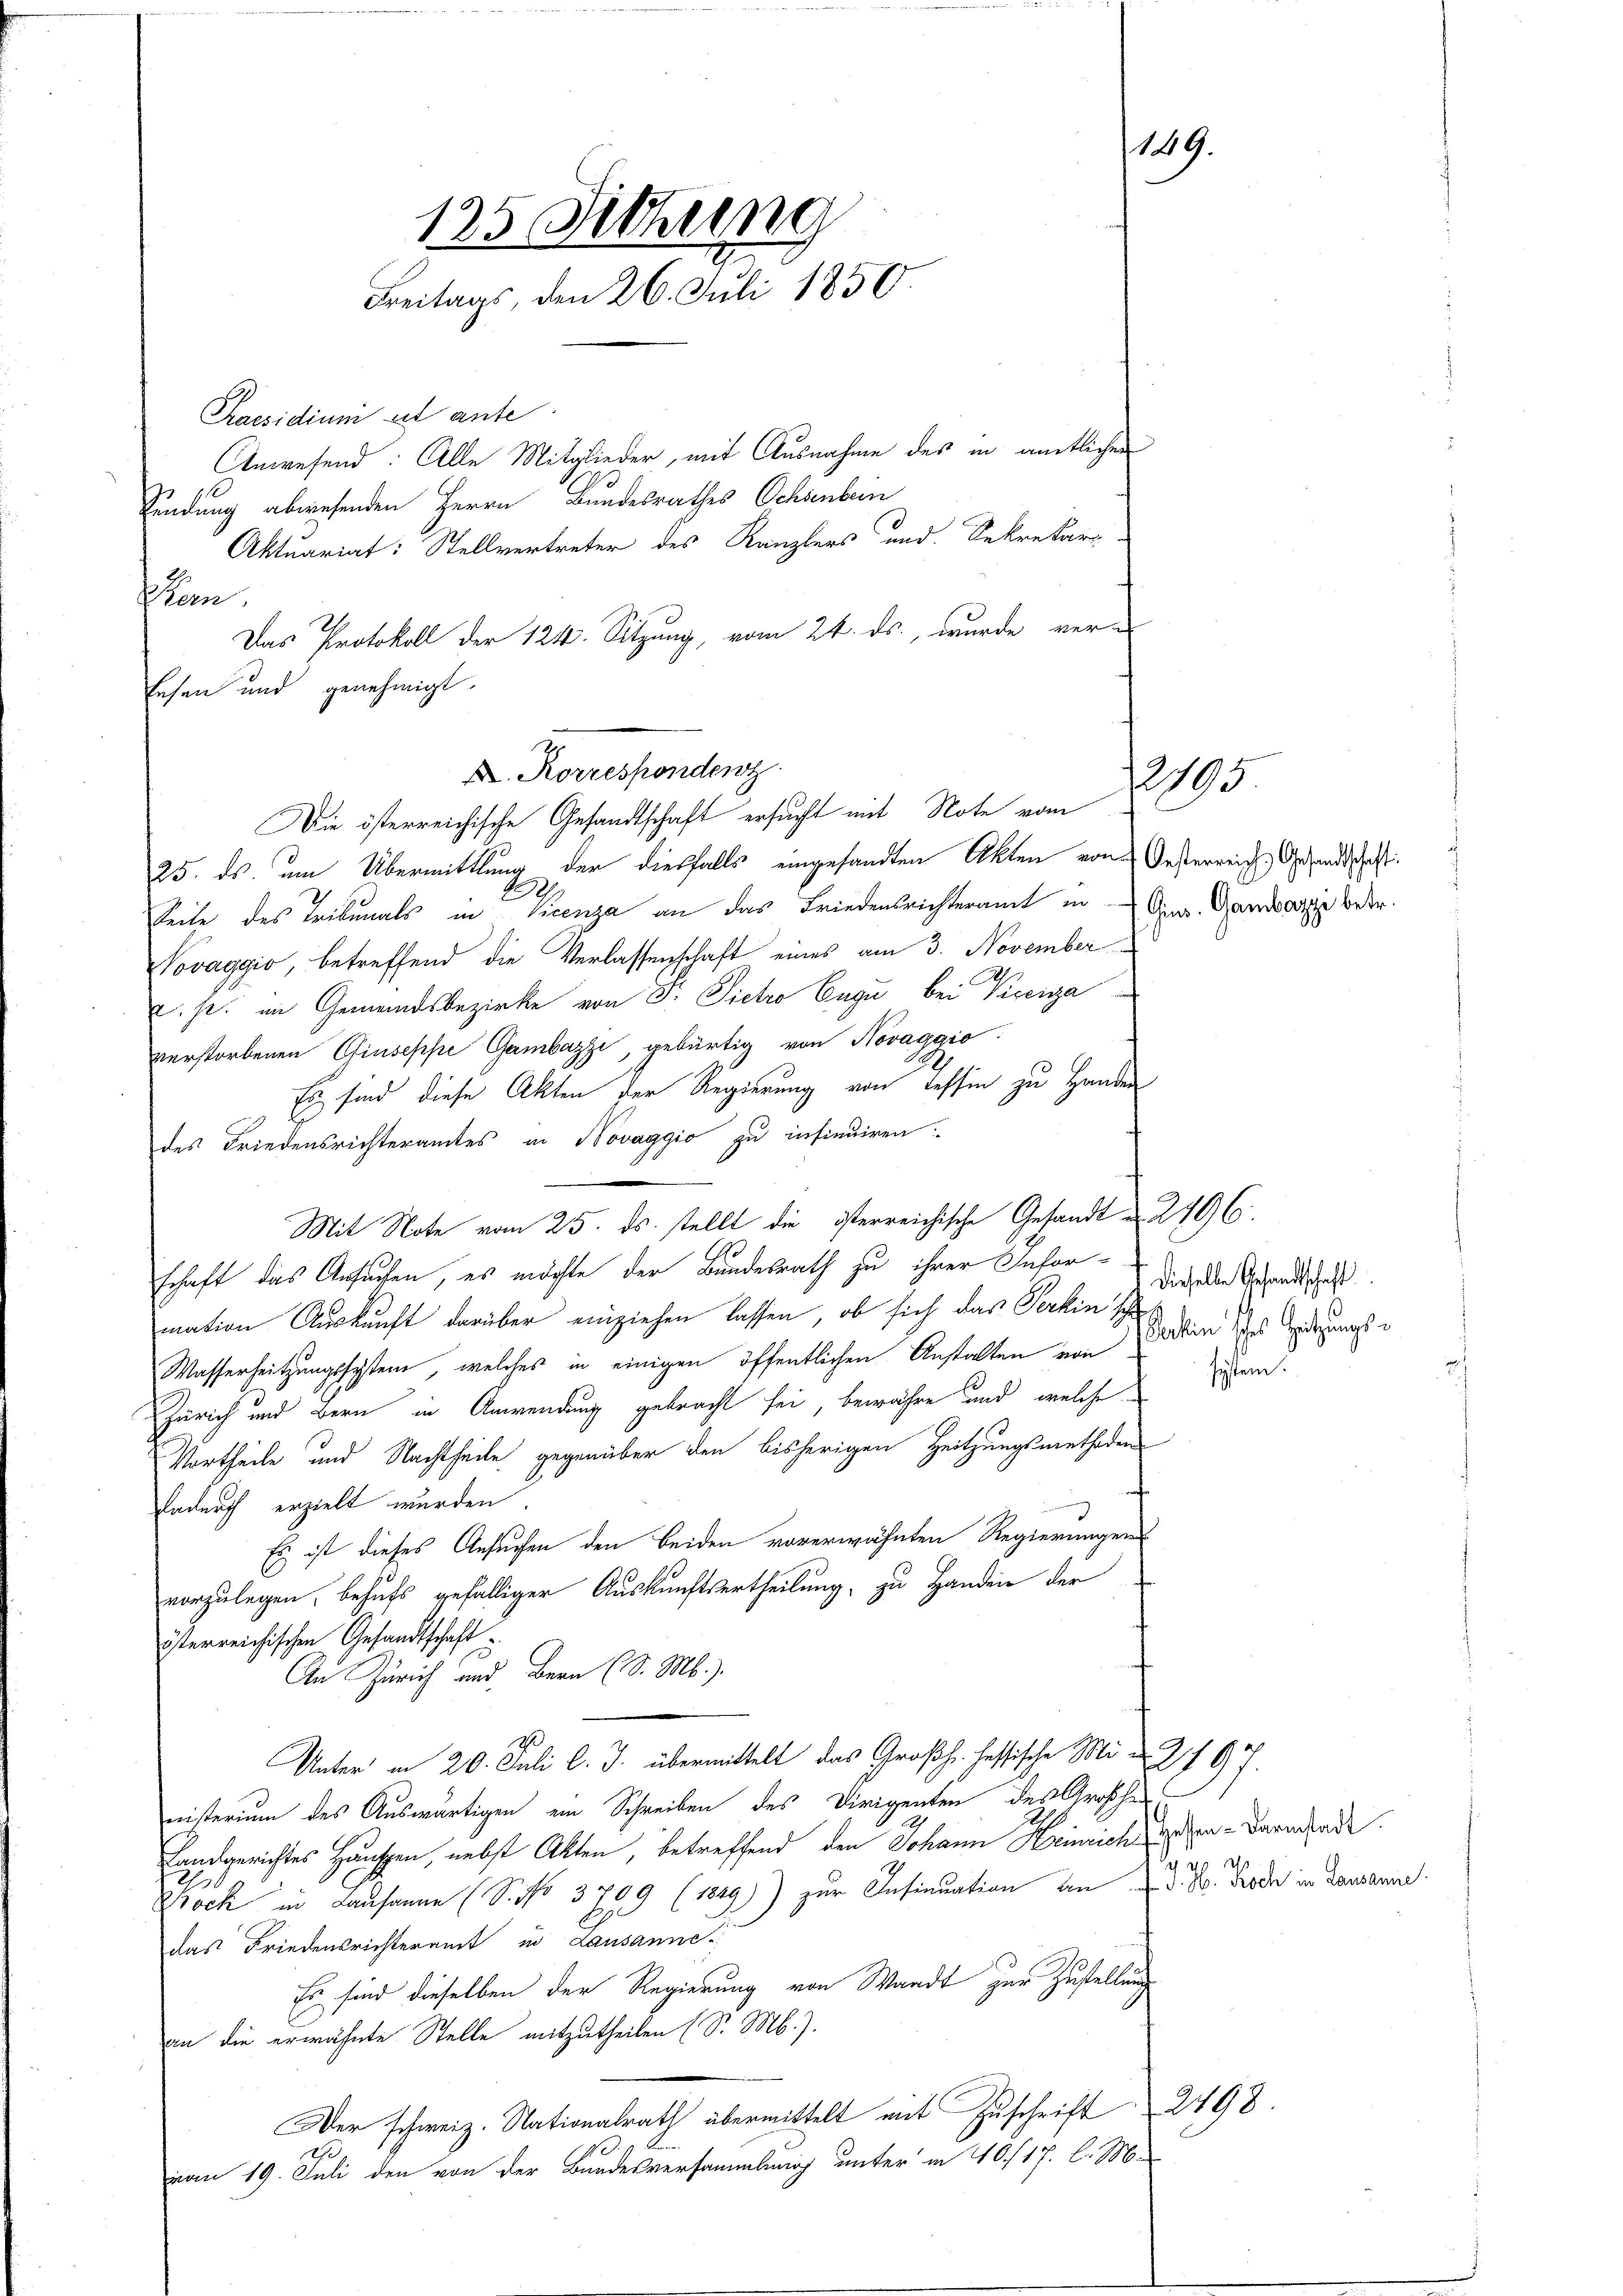
Praesidium ad anse
klan
Das Protokoll der 124. Sitzung, vom 24. ds., wurde ver-
Eesen und genehmigt.

135. Sitzung
Freitags, den 26. Juli 1850.

Anwesend: Alle Mitglieder, mit Ausnahme des in amtlichen
Findung abwesenden Herrn Bundesrathes Ochsenbern
Aktuariat: Stellvertreter des Kanzlers und Sekretari

X. Korrespondenz

Die österreichische Gesandtschaft ersucht mit Note vom

25. ds. um Übermittlung der diesfalls eingesandten Akten von Oesterreich, Gesandtschaft:
Seite des Tribunals in Vicenza an das Friedensrichteramt in Ges. Gandsatze betr.
Novaggio, betreffend die Verlassenschaft eines am 3. November
. p. im Gemeindsbezirke von 3. Sietro Eugi bei Viceiga
verstorbenen Giuseppe Gambazzi, gebürtig von Novaggio
Es sind diese Akten der Regierung von Tessin zu Handen
des Friedensrichteramtes in Novaggio zu insinuiren
Mit Note vom 25. ds. stellt die isterreichische Gesandt 2496.
schaft das Ansuchen, es möchte der Bundesrath zu ihrer Information Auskunft darüber einziehen lassen, ob sich das Perkin sch
Wasserheitzungssystem, welches in einigen öffentlichen Anstalten von
Zürich und Bern in Anwendung gebracht sei, bewähre und welche
Vortheile und Nachtheile gegenüber den bisherigen Heitzungsmethoden
Dadurch erzielt wurden.
Es ist dieses Ansuchen den beiden vorerwähnten Regierungens
vorzulegen, behufs gefälliger Auskunftsertheilung, zu Handen der
österreichischen Gesandtschaft
An Zürich und Bern (S. Mb.).
Unter in 20. Juli l. J. übermittelt das Großh. Hessische Min. 279
nisterium des Auswärtigen ein Schreiben des Dirigenten des Großhe-
Landgerichtes Hausen, nebst Akten, betreffend den Johann Heinrich, Helen-Darmlade.
 e des
9
Bock in Lausanne (S. No 3709 (1849) zur Insinuation an d. M. Brode in Lausanne
das Friedensrichteramt in Lausanne
Es sind dieselben der Regierung von Waadt zur Zustellung
an die erwähnte Stelle mitzutheilen (S. M.).
Der schweiz. Nationalrath übermittelt mit Zuschrift 2498.
dh
vom 19. Juli den von der Bundesversammlung unter in 40/17. l. M.

149.

2795.

Dieselbe Gesandtschaft
action sches Sitzungssystem.